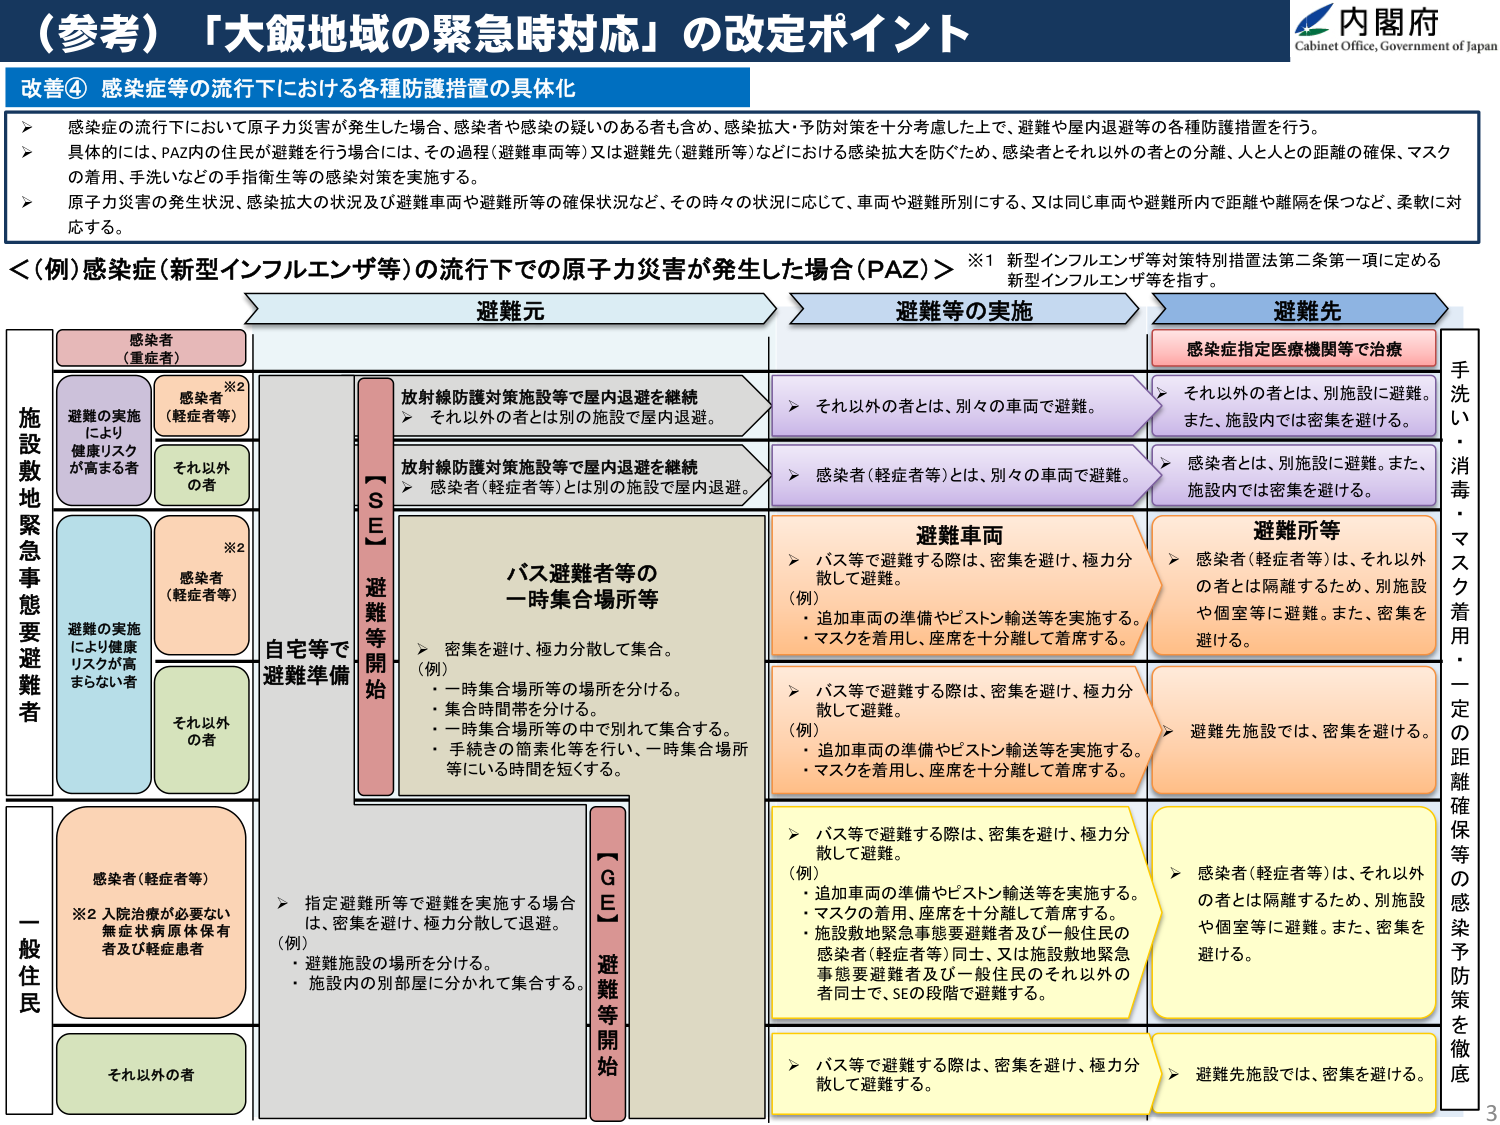
（参考）「大飯地域の緊急時対応」の改定ポイント
内閣府
Cabinet Office, Government of Japan

改善④ 感染症等の流行下における各種防護措置の具体化

➤ 感染症の流行下において原子力災害が発生した場合、感染者や感染の疑いのある者も含め、感染拡大・予防対策を十分考慮した上で、避難や屋内退避等の各種防護措置を行う。
➤ 具体的には、PAZ内の住民が避難を行う場合には、その過程（避難車両等）又は避難先（避難所等）などにおける感染拡大を防ぐため、感染者とそれ以外の者との分離、人と人との距離の確保、マスクの着用、手洗いなどの手指衛生等の感染対策を実施する。
➤ 原子力災害の発生状況、感染拡大の状況及び避難車両や避難所等の確保状況など、その時々の状況に応じて、車両や避難所別にする、又は同じ車両や避難所内で距離や隔離を保つなど、柔軟に対応する。

＜（例）感染症（新型インフルエンザ等）の流行下での原子力災害が発生した場合（PAZ）＞
※1 新型インフルエンザ等対策特別措置法第二条第一項に定める新型インフルエンザ等を指す。

避難元
避難等の実施
避難先

施設敷地緊急事態要避難者
感染者（重症者）
感染者※2（軽症者等）
それ以外の者
避難の実施により健康リスクが高まる者
感染者※2（軽症者等）
それ以外の者
避難の実施により健康リスクが高まらない者

自宅等で避難準備
【SE】避難等開始
放射線防護対策施設等で屋内退避を継続
➤ それ以外の者とは別の施設で屋内退避。
放射線防護対策施設等で屋内退避を継続
➤ 感染者（軽症者等）とは別の施設で屋内退避。

バス避難者等の一時集合場所等
➤ 密集を避け、極力分散して集合。
（例）
・一時集合場所等の場所を分ける。
・集合時間帯を分ける。
・一時集合場所等の中で別れて集合する。
・手続きの簡素化等を行い、一時集合場所等にいる時間を短くする。

➤ それ以外の者とは、別々の車両で避難。
➤ 感染者（軽症者等）とは、別々の車両で避難。

避難車両
➤ バス等で避難する際は、密集を避け、極力分散して避難。
（例）
・追加車両の準備やピストン輸送等を実施する。
・マスクを着用し、座席を十分離して着席する。

➤ バス等で避難する際は、密集を避け、極力分散して避難。
（例）
・追加車両の準備やピストン輸送等を実施する。
・マスクを着用し、座席を十分離して着席する。

➤ バス等で避難する際は、密集を避け、極力分散して避難。
（例）
・追加車両の準備やピストン輸送等を実施する。
・マスクの着用、座席を十分離して着席する。
・施設敷地緊急事態要避難者及び一般住民の感染者（軽症者等）同士、又は施設敷地緊急事態要避難者及び一般住民のそれ以外の者同士で、SEの段階で避難する。

➤ バス等で避難する際は、密集を避け、極力分散して避難する。

避難所等
➤ 感染者（軽症者等）は、それ以外の者とは隔離するため、別施設や個室等に避難。また、密集を避ける。
➤ 避難先施設では、密集を避ける。
➤ 感染者（軽症者等）は、それ以外の者とは隔離するため、別施設や個室等に避難。また、密集を避ける。
➤ 避難先施設では、密集を避ける。

感染者指定医療機関等で治療
➤ それ以外の者とは、別施設に避難。また、施設内では密集を避ける。
➤ 感染者とは、別施設に避難。また、施設内では密集を避ける。

一般住民
感染者（軽症者等）
※2 入院治療が必要ない無症状病原体保有者及び軽症患者
それ以外の者

➤ 指定避難所等で避難を実施する場合は、密集を避け、極力分散して退避。
（例）
・避難施設の場所を分ける。
・施設内の別部屋に分かれて集合する。

【GE】避難等開始

手洗い・消毒・マスク着用・一定の距離確保等の感染予防策を徹底

3